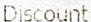
DISCOUNT